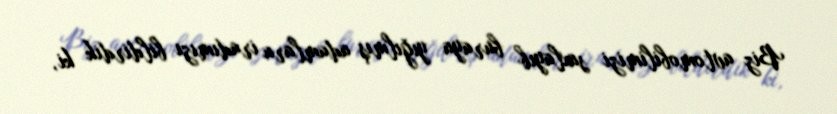
Biz avtomobilimizi saxlayıb buraya yığılmış adamlara iradımızı bildirdik ki,